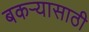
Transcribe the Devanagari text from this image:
बकर्‍यासाठी